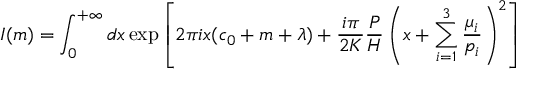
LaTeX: I ( m ) = \int _ { 0 } ^ { + \infty } d x \exp \left[ 2 \pi i x ( c _ { 0 } + m + \lambda ) + \frac { i \pi } { 2 K } \frac { P } { H } \left( x + \sum _ { i = 1 } ^ { 3 } \frac { \mu _ { i } } { p _ { i } } \right) ^ { 2 } \right]